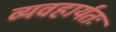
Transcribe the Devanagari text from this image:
व्यवहार्यतः